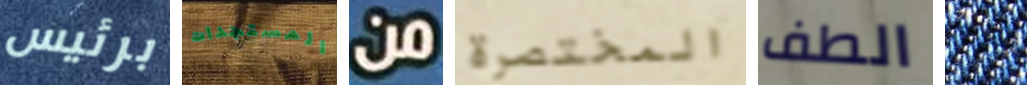
برئيس المستجدات من المختصرة الطف الانتخابات